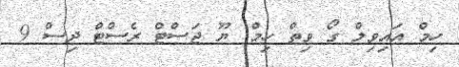
ހިމް އައިވިލް ގޯ ވިތް ހިމް. ޔޫ ޖަސްޓް ރެސްޓް ދިސް 9